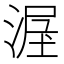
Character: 𱧩